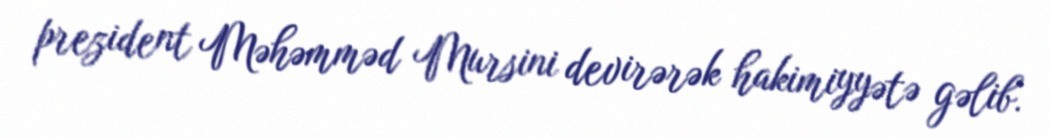
prezident Məhəmməd Mursini devirərək hakimiyyətə gəlib.